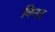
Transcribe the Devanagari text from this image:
बिनद